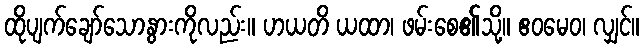
ထိုပျက်ချော်သောနွားကိုလည်း။ ဟယတိ ယထာ၊ ဖမ်းစေ၏သို့။ ဧဝမေဝ၊ လျှင်။